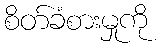
စိတ်ခံစားမှုကို